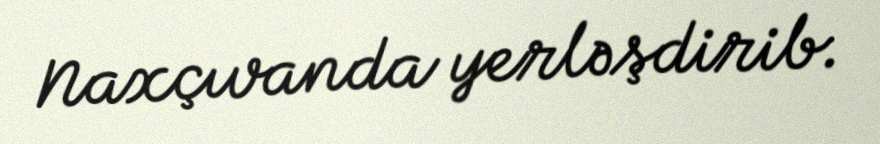
Naxçıvanda yerləşdirib.